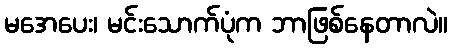
မအေပေး၊ မင်းသောက်ပုံက ဘာဖြစ်နေတာလဲ။